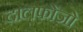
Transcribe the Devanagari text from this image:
दालफोंजो